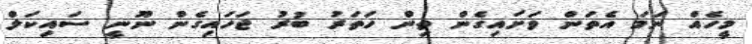
މީހެއް ނަމަ އެތަން ވަށައިގެން ތިން ހަތަރު ބުރު ޖަހައިގެން ނޫނީ ސައިކަލް